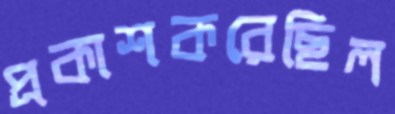
প্রকাশকরেছিল